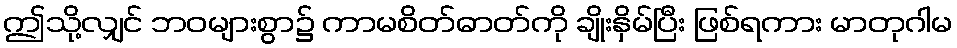
ဤသို့လျှင် ဘဝများစွာ၌ ကာမစိတ်ဓာတ်ကို ချိုးနှိမ်ပြီး ဖြစ်ရကား မာတုဂါမ